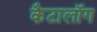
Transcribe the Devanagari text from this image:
कैटालॉग